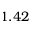
1 . 4 2